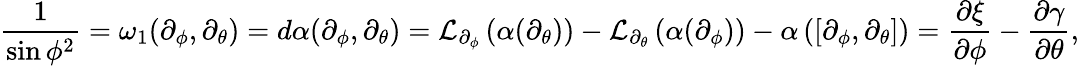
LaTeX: \frac{1}{\sin{\phi}^{2}}=\omega_{1}(\partial_{\phi},\partial_{\theta})=d\alpha(\partial_{\phi},\partial_{\theta})=\mathcal{L}_{\partial_{\phi}}\left(\alpha(\partial_{\theta})\right)-\mathcal{L}_{\partial_{\theta}}\left(\alpha(\partial_{\phi})\right)-\alpha\left([\partial_{\phi},\partial_{\theta}]\right)=\frac{\partial\xi}{\partial\phi}-\frac{\partial\gamma}{\partial\theta},